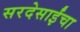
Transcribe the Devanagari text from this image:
सरदेसाईंचा